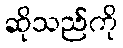
ဆိုသည်ကို